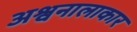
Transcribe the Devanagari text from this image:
अश्वनालाकार